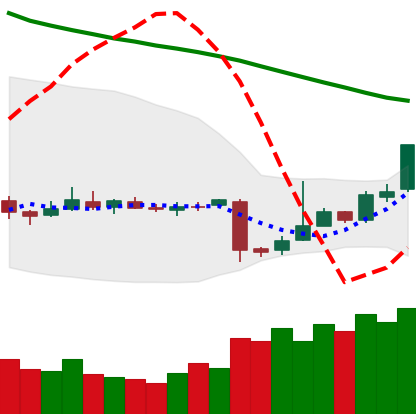
Ticker: EOS-USD
Chart end date: 2018-11-06
Forward return: -4.962%
Label: down_3_5